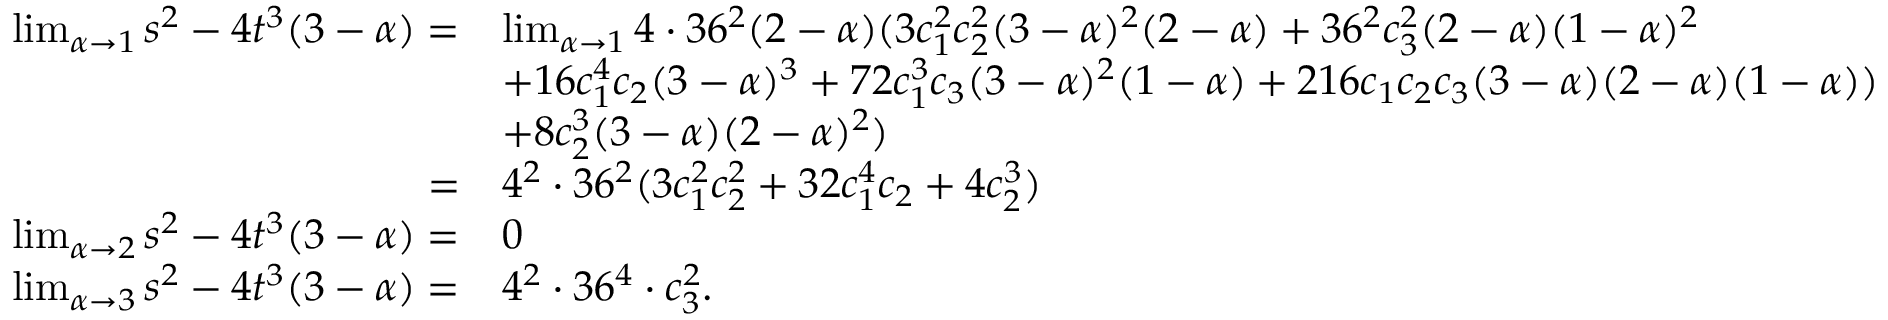
\begin{array} { r l } { \operatorname* { l i m } _ { \alpha \to 1 } s ^ { 2 } - 4 t ^ { 3 } ( 3 - \alpha ) = } & { \operatorname* { l i m } _ { \alpha \to 1 } 4 \cdot 3 6 ^ { 2 } ( 2 - \alpha ) ( 3 c _ { 1 } ^ { 2 } c _ { 2 } ^ { 2 } ( 3 - \alpha ) ^ { 2 } ( 2 - \alpha ) + 3 6 ^ { 2 } c _ { 3 } ^ { 2 } ( 2 - \alpha ) ( 1 - \alpha ) ^ { 2 } } \\ & { + 1 6 c _ { 1 } ^ { 4 } c _ { 2 } ( 3 - \alpha ) ^ { 3 } + 7 2 c _ { 1 } ^ { 3 } c _ { 3 } ( 3 - \alpha ) ^ { 2 } ( 1 - \alpha ) + 2 1 6 c _ { 1 } c _ { 2 } c _ { 3 } ( 3 - \alpha ) ( 2 - \alpha ) ( 1 - \alpha ) ) } \\ & { + 8 c _ { 2 } ^ { 3 } ( 3 - \alpha ) ( 2 - \alpha ) ^ { 2 } ) } \\ { = } & { 4 ^ { 2 } \cdot 3 6 ^ { 2 } ( 3 c _ { 1 } ^ { 2 } c _ { 2 } ^ { 2 } + 3 2 c _ { 1 } ^ { 4 } c _ { 2 } + 4 c _ { 2 } ^ { 3 } ) } \\ { \operatorname* { l i m } _ { \alpha \to 2 } s ^ { 2 } - 4 t ^ { 3 } ( 3 - \alpha ) = } & { 0 } \\ { \operatorname* { l i m } _ { \alpha \to 3 } s ^ { 2 } - 4 t ^ { 3 } ( 3 - \alpha ) = } & { 4 ^ { 2 } \cdot 3 6 ^ { 4 } \cdot c _ { 3 } ^ { 2 } . } \end{array}